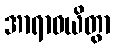
အာရာဓယိတွာ